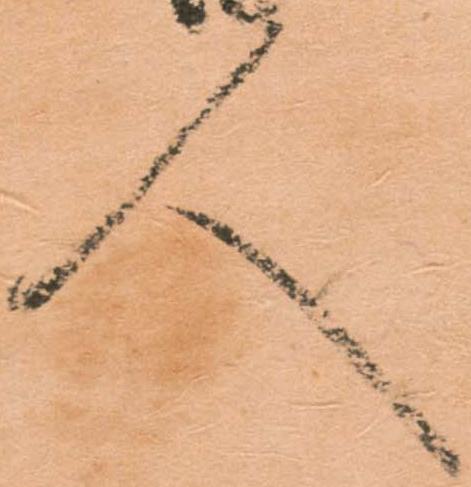
人